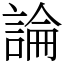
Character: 論